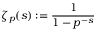
\zeta _ { p } ( s ) : = { \frac { 1 } { 1 - p ^ { - s } } }